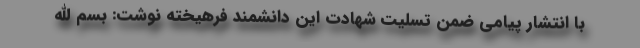
با انتشار پیامی ضمن تسلیت شهادت این دانشمند فرهیخته نوشت: بسم الله